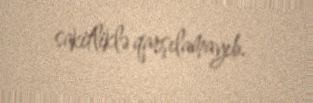
sakitliklə qarşılamayıb.